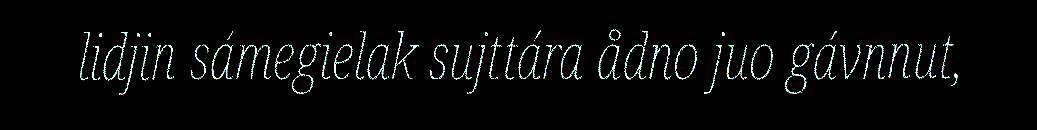
lidjin sámegielak sujttára ådno juo gávnnut,